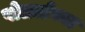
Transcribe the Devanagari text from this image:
पोलार्डच्या